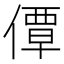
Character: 𫣗